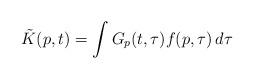
LaTeX: \begin{align*}\tilde{K}(p,t)=\int G_{p}(t,\tau )f(p,\tau )\, d\tau \:\end{align*}